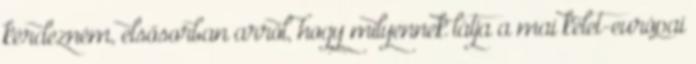
kérdezném, elsősorban arról, hogy milyennek látja a mai kelet-európai